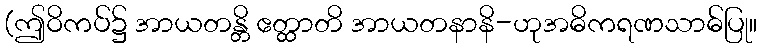
(ဤဝိကပ်၌ အာယတန္တိ ဧတ္ထာတိ အာယတနာနိ-ဟုအဓိကရဏသာဓ်ပြု။